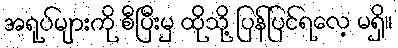
အရုပ်များကို စီပြီးမှ ထိုသို့ ပြန်ပြင်ရလေ့ မရှိ။